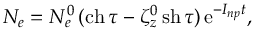
N _ { e } = N _ { e } ^ { 0 } \, ( \mathrm { c h } \, \tau - \zeta _ { z } ^ { 0 } \, \mathrm { s h } \, \tau ) \, \mathrm { e } ^ { - I _ { n p } t } ,